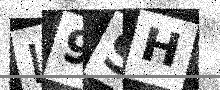
Text: L9SH